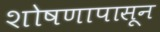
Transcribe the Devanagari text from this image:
शोषणापासून